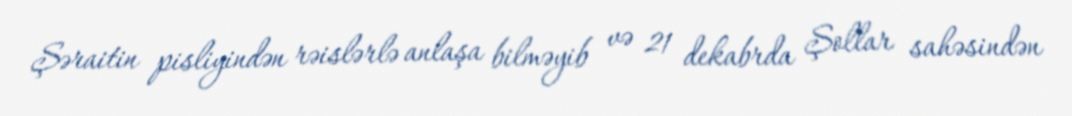
Şəraitin pisliyindən rəislərlə anlaşa bilməyib və 21 dekabrda Şollar sahəsindən